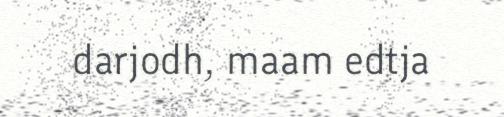
darjodh, maam edtja